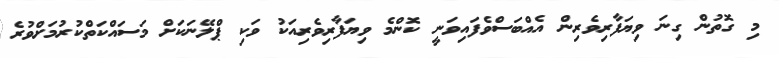
މި ގޮތުން ގިނަ ވިޔަފާރިވެރިން އެއްބަސްވެފައިވަނީ ކޮންމެ ވިޔަފާރިވެރިއަކު ވަކި ޕްލޭނަކަށް މަސައްކަތްކުރުމަށްވުރެ